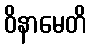
ဝိနာမေတိ